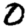
Digit: 0